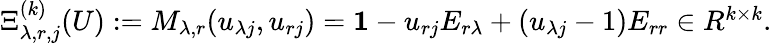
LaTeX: \begin{array}{r}{\Xi_{\lambda,r,j}^{(k)}(U):=M_{\lambda,r}(u_{\lambda j},u_{rj})=\boldsymbol{1}-u_{rj}E_{r\lambda}+(u_{\lambda j}-1)E_{rr}\in R^{k\times k}.}\end{array}